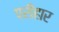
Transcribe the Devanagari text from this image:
परीहार